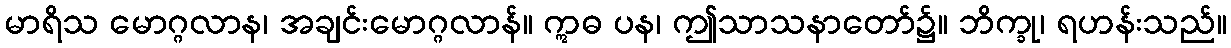
မာရိသ မောဂ္ဂလာန၊ အချင်းမောဂ္ဂလာန်။ ဣဓ ပန၊ ဤသာသနာတော်၌။ ဘိက္ခု၊ ရဟန်းသည်။